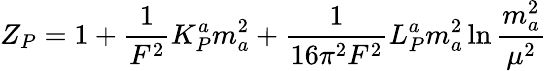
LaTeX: Z_{P}=1+\frac{1}{F^{2}}K_{P}^{a}m_{a}^{2}+\frac{1}{16\pi^{2}F^{2}}L_{P}^{a}m_{a}^{2}\ln\frac{m_{a}^{2}}{\mu^{2}}